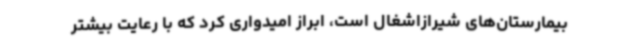
بیمارستان‌های شیرازاشغال است، ابراز امیدواری کرد که با رعایت بیشتر